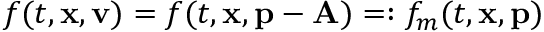
f ( t , { \mathbf x } , { \mathbf v } ) = f ( t , { \mathbf x } , { \mathbf p } - { \mathbf A } ) = : f _ { m } ( t , { \mathbf x } , { \mathbf p } )